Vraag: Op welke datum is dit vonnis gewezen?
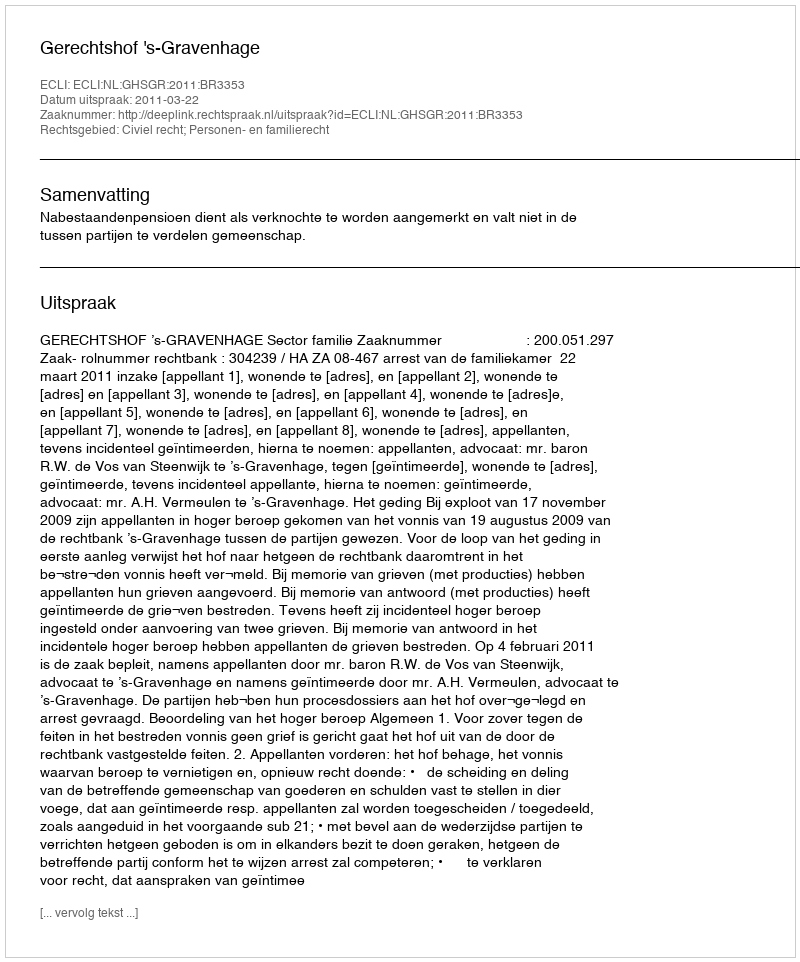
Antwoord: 2011-03-22